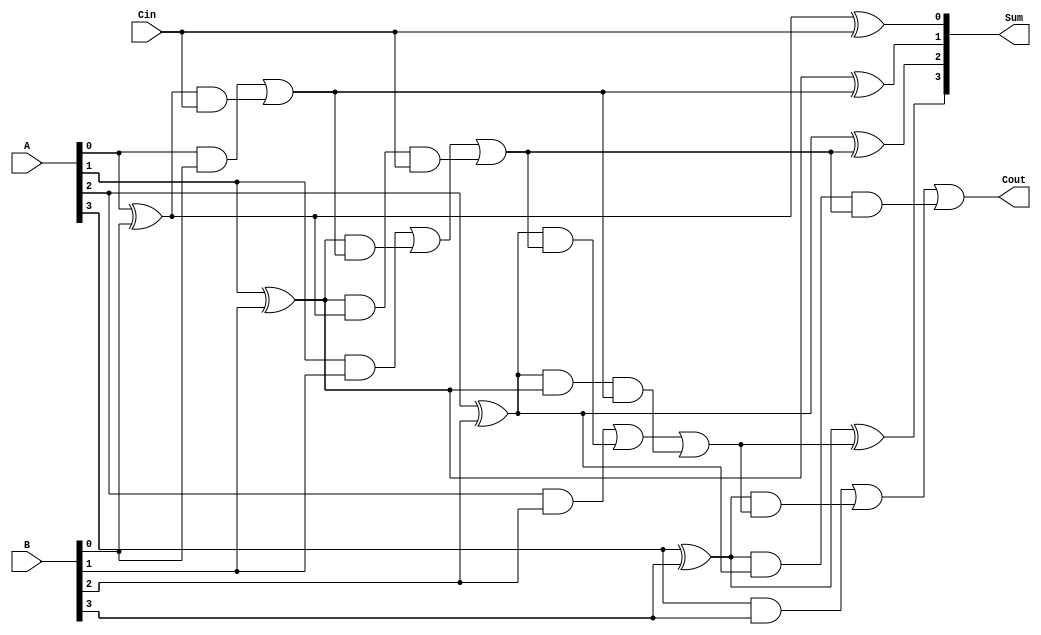
module RCLA #(parameter n = 4) (
    input  wire [n-1:0] A,
    input  wire [n-1:0] B,
    input  wire Cin,
    output wire [n-1:0] Sum,
    output wire Cout
);

    // Generate and Propagate signals
    wire [n-1:0] G; // Generate
    wire [n-1:0] P; // Propagate
    wire [n:0] C;   // Carry

    // Generate and Propagate logic
    genvar i;
    generate
        for (i = 0; i < n; i = i + 1) begin : gen_prop
            assign G[i] = A[i] & B[i]; // Generate
            assign P[i] = A[i] ^ B[i]; // Propagate
        end
    endgenerate

    // Carry calculation
    assign C[0] = Cin;
    generate
        for (i = 0; i < n; i = i + 1) begin : carry_calc
            if (i == 0) begin
                assign C[i+1] = G[i] | (P[i] & C[i]);
            end else begin
                assign C[i+1] = G[i] | (P[i] & C[i]) | (P[i] & P[i-1] & C[i-1]);
            end
        end
    endgenerate

    // Sum calculation
    generate
        for (i = 0; i < n; i = i + 1) begin : sum_calc
            assign Sum[i] = P[i] ^ C[i]; // Sum
        end
    endgenerate

    // Carry out
    assign Cout = C[n];

endmodule